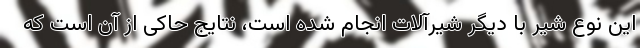
این نوع شیر با دیگر شیرآلات انجام شده است، نتایج حاکی از آن است که